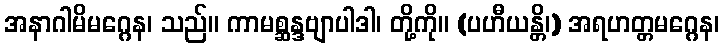
အနာဂါမိမဂ္ဂေန၊ သည်။ ကာမစ္ဆန္ဒဗျာပါဒါ၊ တို့ကို။ (ပဟီယန္တိ၊) အရဟတ္တမဂ္ဂေန၊